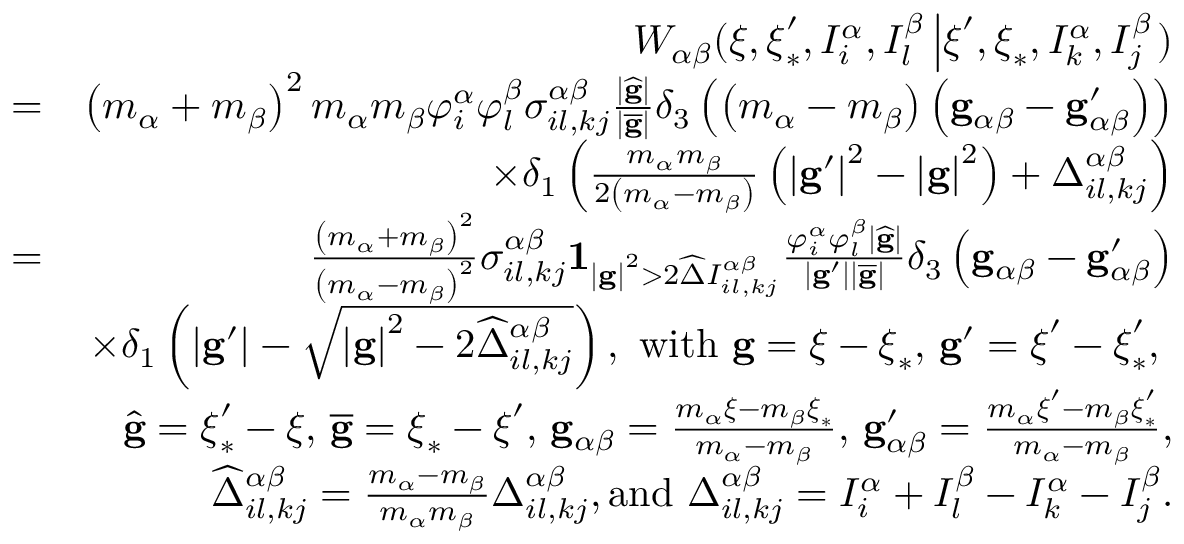
\begin{array} { r l r } & { } & { W _ { \alpha \beta } ( \boldsymbol { \xi } , \boldsymbol { \xi } _ { \ast } ^ { \prime } , I _ { i } ^ { \alpha } , I _ { l } ^ { \beta } \left\vert \boldsymbol { \xi } ^ { \prime } , \boldsymbol { \xi } _ { \ast } , I _ { k } ^ { \alpha } , I _ { j } ^ { \beta } \right. ) } \\ & { = } & { \left( m _ { \alpha } + m _ { \beta } \right) ^ { 2 } m _ { \alpha } m _ { \beta } \varphi _ { i } ^ { \alpha } \varphi _ { l } ^ { \beta } \sigma _ { i l , k j } ^ { \alpha \beta } \frac { \left\vert \widehat { \mathbf { g } } \right\vert } { \left\vert \overline { { \mathbf { g } } } \right\vert } \delta _ { 3 } \left( \left( m _ { \alpha } - m _ { \beta } \right) \left( \mathbf { g } _ { \alpha \beta } - \mathbf { g } _ { \alpha \beta } ^ { \prime } \right) \right) } \\ & { } & { \times \delta _ { 1 } \left( \frac { m _ { \alpha } m _ { \beta } } { 2 \left( m _ { \alpha } - m _ { \beta } \right) } \left( \left\vert \mathbf { g } ^ { \prime } \right\vert ^ { 2 } - \left\vert \mathbf { g } \right\vert ^ { 2 } \right) + \Delta _ { i l , k j } ^ { \alpha \beta } \right) } \\ & { = } & { \frac { \left( m _ { \alpha } + m _ { \beta } \right) ^ { 2 } } { \left( m _ { \alpha } - m _ { \beta } \right) ^ { 2 } } \sigma _ { i l , k j } ^ { \alpha \beta } \mathbf { 1 } _ { \left\vert \mathbf { g } \right\vert ^ { 2 } > 2 \widehat { \Delta } I _ { i l , k j } ^ { \alpha \beta } } \frac { \varphi _ { i } ^ { \alpha } \varphi _ { l } ^ { \beta } \left\vert \widehat { \mathbf { g } } \right\vert } { \left\vert \mathbf { g } ^ { \prime } \right\vert \left\vert \overline { { \mathbf { g } } } \right\vert } \delta _ { 3 } \left( \mathbf { g } _ { \alpha \beta } - \mathbf { g } _ { \alpha \beta } ^ { \prime } \right) } \\ & { } & { \times \delta _ { 1 } \left( \left\vert \mathbf { g } ^ { \prime } \right\vert - \sqrt { \left\vert \mathbf { g } \right\vert ^ { 2 } - 2 \widehat { \Delta } _ { i l , k j } ^ { \alpha \beta } } \right) \mathrm { , ~ w i t h ~ } \mathbf { g } = \boldsymbol { \xi } - \boldsymbol { \xi } _ { \ast } \mathrm { , ~ } \mathbf { g } ^ { \prime } = \boldsymbol { \xi } ^ { \prime } - \boldsymbol { \xi } _ { \ast } ^ { \prime } \mathrm { , ~ } } \\ { \mathrm { ~ } } & { } & { \widehat { \mathbf { g } } = \boldsymbol { \xi } _ { \ast } ^ { \prime } - \boldsymbol { \xi } \mathrm { , ~ } \overline { { \mathbf { g } } } = \boldsymbol { \xi } _ { \ast } - \boldsymbol { \xi } ^ { \prime } \mathrm { , ~ } \mathbf { g } _ { \alpha \beta } = \frac { m _ { \alpha } \boldsymbol { \xi } - m _ { \beta } \boldsymbol { \xi } _ { \ast } } { m _ { \alpha } - m _ { \beta } } \mathrm { , ~ } \mathbf { g } _ { \alpha \beta } ^ { \prime } = \frac { m _ { \alpha } \boldsymbol { \xi } ^ { \prime } - m _ { \beta } \boldsymbol { \xi } _ { \ast } ^ { \prime } } { m _ { \alpha } - m _ { \beta } } \mathrm { , } } \\ & { } & { \mathrm { ~ } \widehat { \Delta } _ { i l , k j } ^ { \alpha \beta } = \frac { m _ { \alpha } - m _ { \beta } } { m _ { \alpha } m _ { \beta } } \Delta _ { i l , k j } ^ { \alpha \beta } \mathrm { , a n d ~ } \Delta _ { i l , k j } ^ { \alpha \beta } = I _ { i } ^ { \alpha } + I _ { l } ^ { \beta } - I _ { k } ^ { \alpha } - I _ { j } ^ { \beta } \mathrm { . } } \end{array}